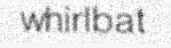
whirlbat